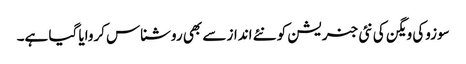
سوزوکی ویگن کی نئی جنریشن کو نئے انداز سے بھی روشناس کروایا گیا ہے۔